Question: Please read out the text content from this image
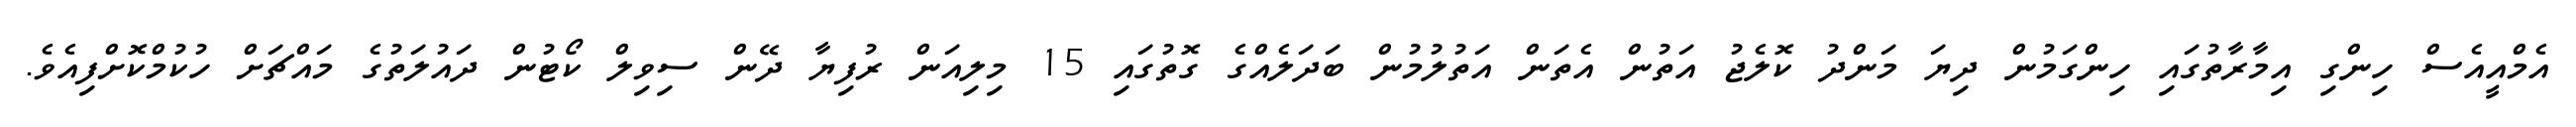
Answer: އެމްއީއެސް ހިންގި އިމާރާތުގައި ހިންގަމުން ދިޔަ މަންދު ކޮލެޖު އަތުން އެތަން އަތުލުމުން ބަދަލެއްގެ ގޮތުގައި 15 މިލިއަން ރުފިޔާ ދޭން ސިވިލް ކޯޓުން ދައުލަތުގެ މައްޗަށް ހުކުމްކޮށްފިއެވެ.